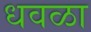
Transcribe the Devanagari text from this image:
धवळा